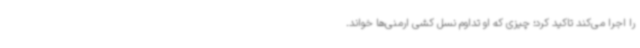
را اجرا می‌کند تاکید کرد؛ چیزی که او تداوم نسل کشی ارمنی‌ها خواند.